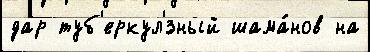
дар туб'еркул'́зный шама́нов на